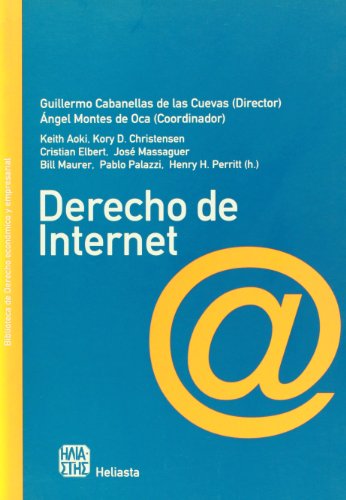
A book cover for Derecho de internet (Biblioteca de Derecho Economico y Empresarial) (Spanish Edition); Varios; Law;